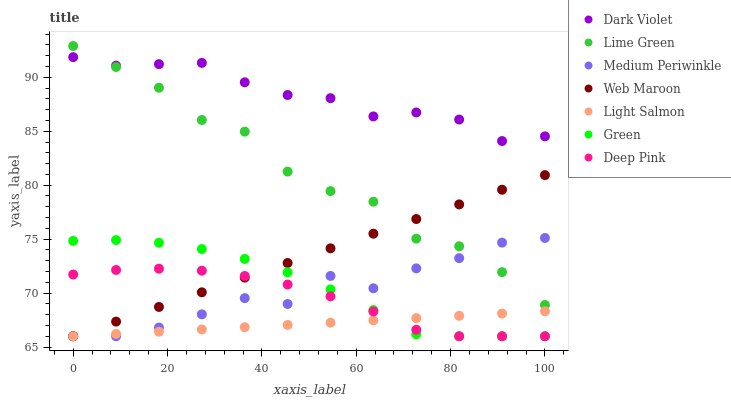
| xaxis_label | Dark Violet | Lime Green | Medium Periwinkle | Web Maroon | Light Salmon | Green | Deep Pink |
 | --- | --- | --- | --- | --- | --- | --- | --- |
 | 0 | 91.9 | 92.9 | 66 | 66 | 66 | 74.8 | 71.7 |
 | 9.09 | 91.1 | 91 | 66 | 67.4 | 66.2 | 74.9 | 72.1 |
 | 18.2 | 91.2 | 89 | 66.8 | 68.7 | 66.4 | 74.7 | 72.3 |
 | 27.3 | 91.3 | 86 | 68 | 70.1 | 66.6 | 74.1 | 72.1 |
 | 36.4 | 89.5 | 85 | 69.5 | 71.4 | 66.8 | 73.2 | 71.6 |
 | 45.5 | 88.4 | 81.3 | 69 | 72.8 | 67.1 | 71.9 | 70.8 |
 | 54.5 | 88.1 | 79.5 | 71.6 | 74.1 | 67.3 | 70.3 | 69.7 |
 | 63.6 | 86.4 | 78.5 | 70.4 | 75.5 | 67.5 | 68.4 | 68.3 |
 | 72.7 | 86.7 | 75 | 72.3 | 76.9 | 67.7 | 66.2 | 66.6 |
 | 81.8 | 86.1 | 74.3 | 73.2 | 78.2 | 67.9 | 66 | 66 |
 | 90.9 | 84.1 | 71.9 | 74.7 | 79.6 | 68.1 | 66 | 66 |
 | 100 | 84.5 | 68.9 | 75.1 | 80.9 | 68.3 | 66 | 66 |